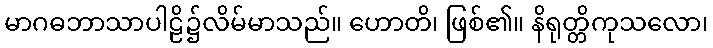
မာဂဓဘာသာပါဠိ၌လိမ်မာသည်။ ဟောတိ၊ ဖြစ်၏။ နိရုတ္တိကုသလော၊